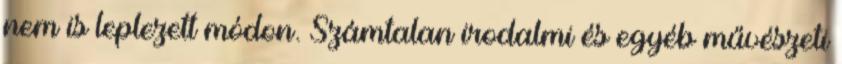
nem is leplezett módon. Számtalan irodalmi és egyéb művészeti